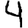
Digit: 4